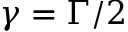
\gamma = \Gamma / 2